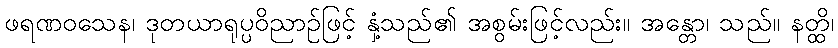
ဖရဏဝသေန၊ ဒုတယာရုပ္ပဝိညာဉ်ဖြင့် နှံ့သည်၏ အစွမ်းဖြင့်လည်း။ အန္တော၊ သည်။ နတ္ထိ၊